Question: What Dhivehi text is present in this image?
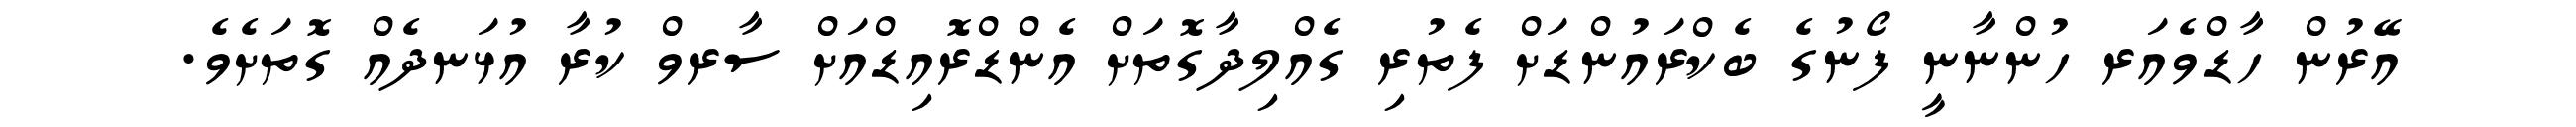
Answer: އޭރުން ހާޑްވެއަރ ހުންނާނީ ފޯނުގެ ބެކްރައުންޑަށް ފެތުރި ގެއްލިދާގޮތަށް އެންޑްރޮއިޑްއަށް ސާރވް ކުރާ އުޅަނދެއް ގޮތަށެވެ.